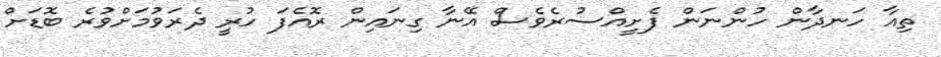
ތިއާ ހަނދާން ހުންނަން ފެށީއްސުރެވެސް އޭނާ ގިނައިން ރޮއެފަ ހުރީ ދެރަވުމަށްވުރެ ބޮޑަށް